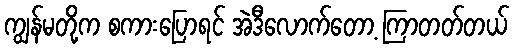
ကျွန်မတို့က စကားပြောရင် အဲဒီလောက်တော့ ကြာတတ်တယ်